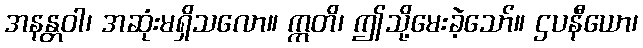
အနန္တဝါ၊ အဆုံးမရှိသလော။ ဣတိ၊ ဤသို့မေးခဲ့သော်။ ဌပနီယော၊